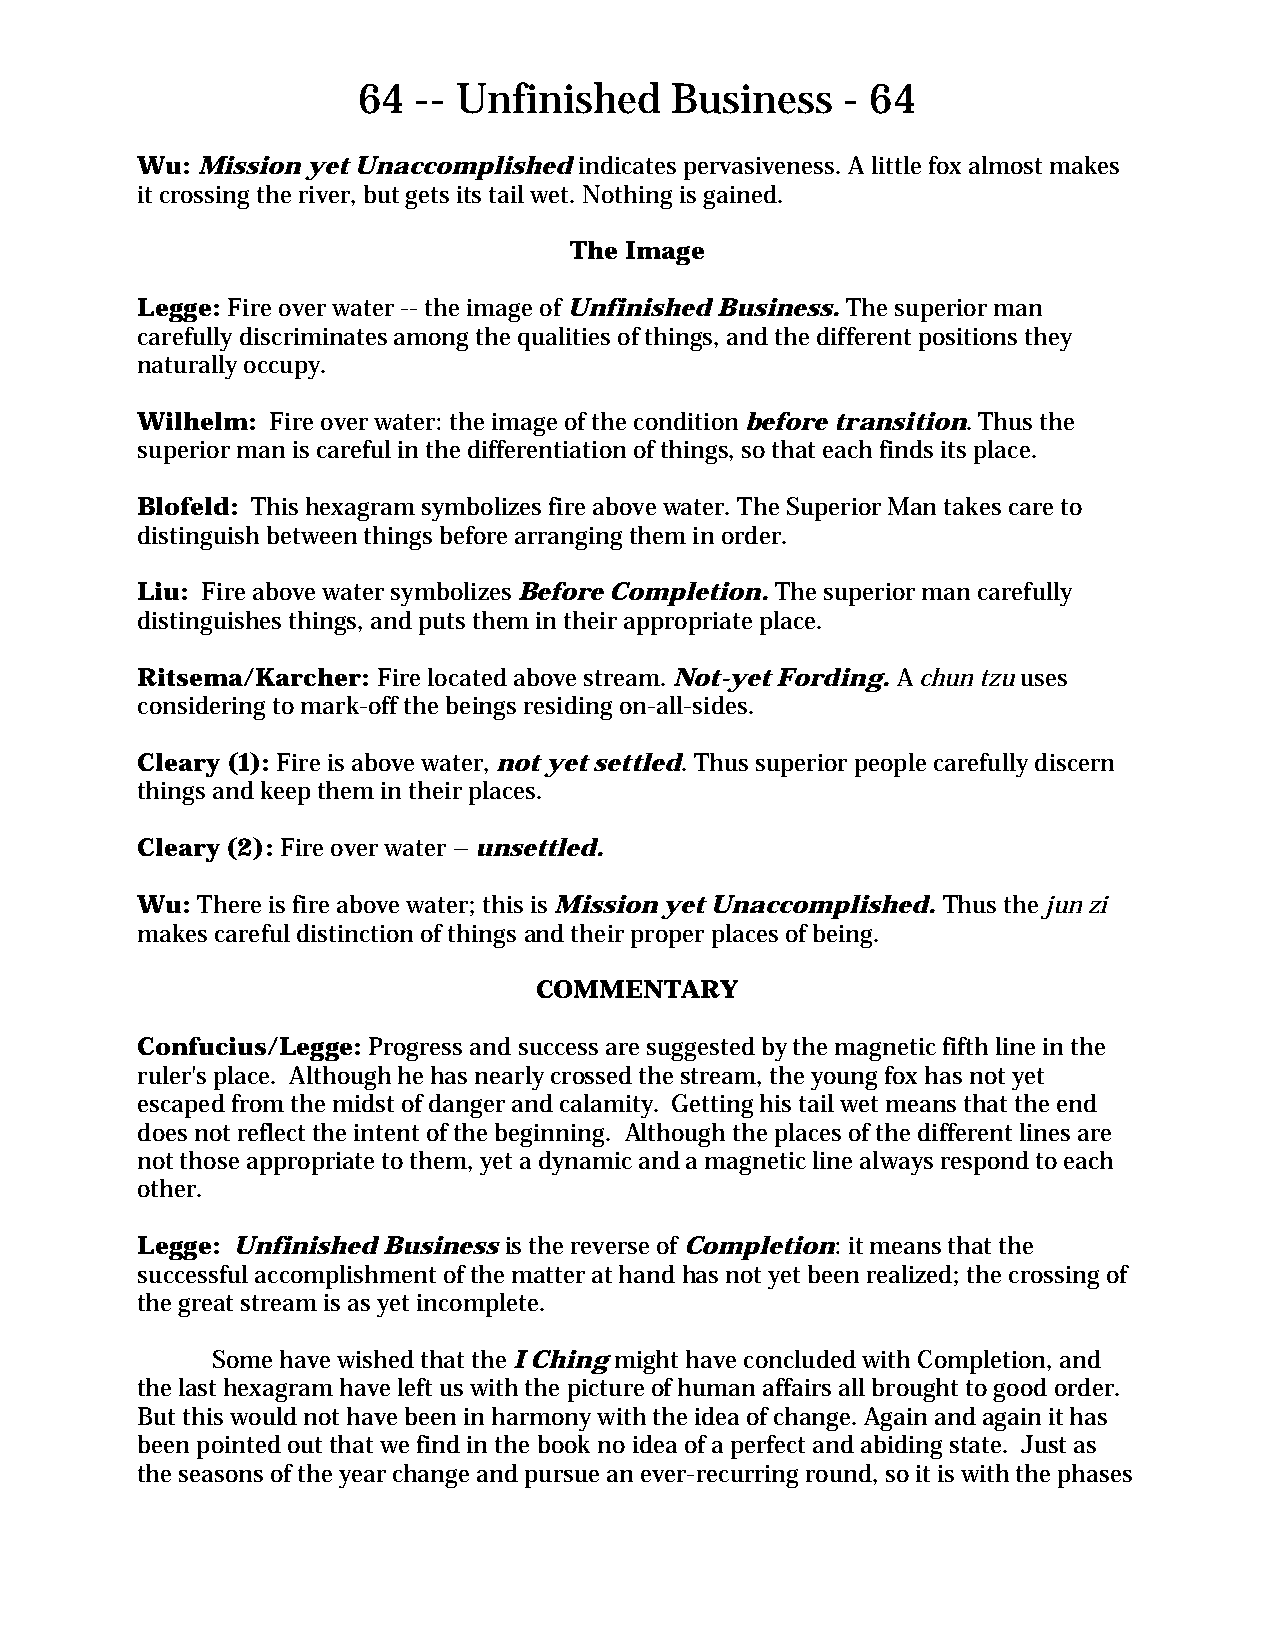
64  -- Unfinished   Business    - 64
 Wu: Mission yet Unaccomplished indicates pervasiveness. A little fox almost makes
 it crossing the river, but gets its tail wet. Nothing is gained.
 The Image
 Legge: Fire over water -- the image of Unfinished Business. The superior man
 carefully discriminates among the qualities of things, and the different positions they
 naturally occupy.
 Wilhelm: Fire over water: the image of the condition before transition. Thus the
 superior man is careful in the differentiation of things, so that each finds its place.
 Blofeld: This hexagram symbolizes fire above water. The Superior Man takes care to
 distinguish between things before arranging them in order.
 Liu: Fire above water symbolizes Before Completion. The superior man carefully
 distinguishes things, and puts them in their appropriate place.
 Ritsema/Karcher: Fire located above stream. Not-yet Fording. A chun tzu uses
 considering to mark-off the beings residing on-all-sides.
 Cleary (1): Fire is above water, not yet settled. Thus superior people carefully discern
 things and keep them in their places.
 Cleary (2): Fire over water – unsettled.
 Wu: There is fire above water; this is Mission yet Unaccomplished. Thus the jun zi
 makes careful distinction of things and their proper places of being.
 COMMENTARY
 Confucius/Legge: Progress and success are suggested by the magnetic fifth line in the
 ruler's place. Although he has nearly crossed the stream, the young fox has not yet
 escaped from the midst of danger and calamity. Getting his tail wet means that the end
 does not reflect the intent of the beginning. Although the places of the different lines are
 not those appropriate to them, yet a dynamic and a magnetic line always respond to each
 other.
 Legge: Unfinished Business is the reverse of Completion: it means that the
 successful accomplishment of the matter at hand has not yet been realized; the crossing of
 the great stream is as yet incomplete.
 Some have wished that the I Ching might have concluded with Completion, and
 the last hexagram have left us with the picture of human affairs all brought to good order.
 But this would not have been in harmony with the idea of change. Again and again it has
 been pointed out that we find in the book no idea of a perfect and abiding state. Just as
 the seasons of the year change and pursue an ever-recurring round, so it is with the phases